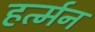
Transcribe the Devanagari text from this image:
हर्त्मन